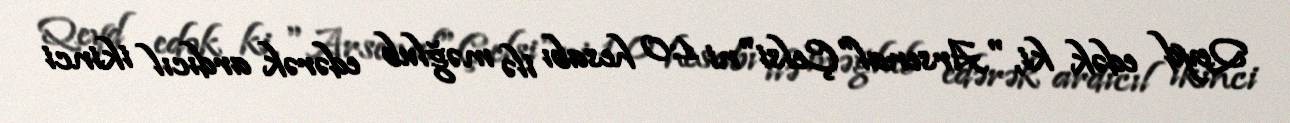
Qeyd edək ki, "Arsenal"Çelsi"ni 1:0 hesabı ilə məğlub edərək ardıcıl ikinci